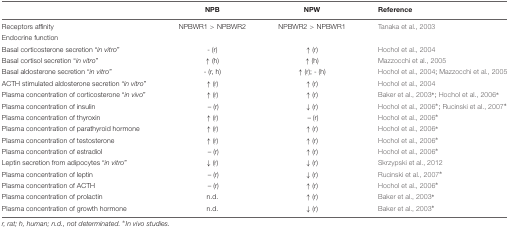
<table><thead><tr><td></td><td><b>NPB</b></td><td><b>NPW</b></td><td><b>Reference</b></td></tr></thead><tbody><tr><td>Receptors affinity</td><td>NPBWR1 &gt; NPBWR2</td><td>NPBWR2 &gt; NPBWR1</td><td>Tanaka et al., 2003</td></tr><tr><td>Endocrine function</td><td></td><td></td><td></td></tr><tr><td>Basal corticosterone secretion “<i>in vitro</i>”</td><td>- (r)</td><td>↑ (r)</td><td>Hochol et al., 2004</td></tr><tr><td>Basal cortisol secretion “<i>in vitro</i>”</td><td>↑ (h)</td><td>↑ (h)</td><td>Mazzocchi et al., 2005</td></tr><tr><td>Basal aldosterone secretion “<i>in vitro</i>”</td><td>- (r, h)</td><td>↑ (r); - (h)</td><td>Hochol et al., 2004; Mazzocchi et al., 2005</td></tr><tr><td>ACTH stimulated aldosterone secretion “<i>in vitro</i>”</td><td>↑ (r)</td><td>↑ (r)</td><td>Hochol et al., 2004</td></tr><tr><td>Plasma concentration of corticosterone “<i>in vivo</i>”</td><td>↑ (r)</td><td>↑ (r)</td><td>Baker et al., 2003<sup>∗</sup>; Hochol et al., 2006<sup>∗</sup></td></tr><tr><td>Plasma concentration of insulin</td><td>– (r)</td><td>↓ (r)</td><td>Hochol et al., 2006<sup>∗</sup>; Rucinski et al., 2007<sup>∗</sup></td></tr><tr><td>Plasma concentration of thyroxin</td><td>↑ (r)</td><td>– (r)</td><td>Hochol et al., 2006<sup>∗</sup></td></tr><tr><td>Plasma concentration of parathyroid hormone</td><td>↑ (r)</td><td>↑ (r)</td><td>Hochol et al., 2006<sup>∗</sup></td></tr><tr><td>Plasma concentration of testosterone</td><td>↑ (r)</td><td>↑ (r)</td><td>Hochol et al., 2006<sup>∗</sup></td></tr><tr><td>Plasma concentration of estradiol</td><td>– (r)</td><td>↑ (r)</td><td>Hochol et al., 2006<sup>∗</sup></td></tr><tr><td>Leptin secretion from adipocytes “<i>in vitro</i>”</td><td>↓ (r)</td><td>↓ (r)</td><td>Skrzypski et al., 2012</td></tr><tr><td>Plasma concentration of leptin</td><td>– (r)</td><td>↓ (r)</td><td>Rucinski et al., 2007<sup>∗</sup></td></tr><tr><td>Plasma concentration of ACTH</td><td>– (r)</td><td>↑ (r)</td><td>Hochol et al., 2006<sup>∗</sup></td></tr><tr><td>Plasma concentration of prolactin</td><td>n.d.</td><td>↑ (r)</td><td>Baker et al., 2003<sup>∗</sup></td></tr><tr><td>Plasma concentration of growth hormone</td><td>n.d.</td><td>↓ (r)</td><td>Baker et al., 2003<sup>∗</sup></td></tr></tbody></table>